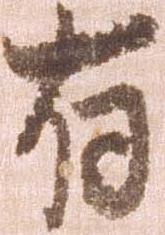
有